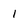
Character: 1